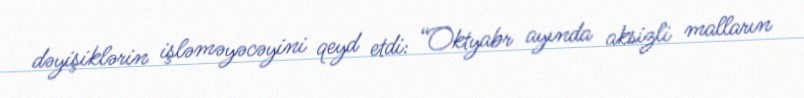
dəyişiklərin işləməyəcəyini qeyd etdi: “Oktyabr ayında aksizli malların